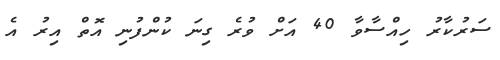
ސަރުކާރު ހިއްސާވާ 40 އަށް ވުރެ ގިނަ ކުންފުނި އޮތް އިރު އެ